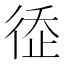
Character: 𢔗